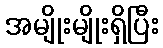
အမျိုးမျိုးရှိပြီး